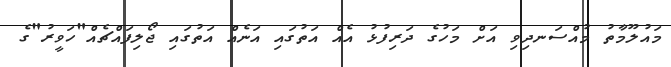
މައުލޫމާތު މުއްސަނދިވި އަށް މަހުގެ ދަރިފުޅު އެއް އަތުގައި އަނެއް އަތުގައި ޖޯލިފައްޗެއް"ހަވީރު"ގެ